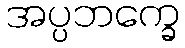
အပ္ပဘက္ခေ